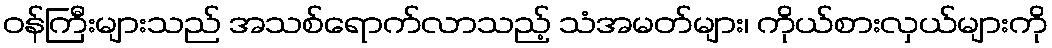
ဝန်ကြီးများသည် အသစ်ရောက်လာသည့် သံအမတ်များ၊ ကိုယ်စားလှယ်များကို